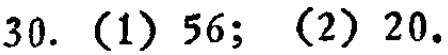
30. (1) 56; (2) 20.